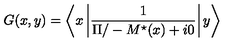
G ( x , y ) = \left< x \left| \frac { 1 } { { \Pi / } - M ^ { \star } ( x ) + i 0 } \right| y \right>